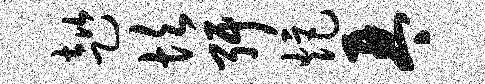
趑坎弭炬琴